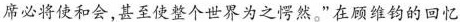
席必将使和会，甚至使整个世界为之愕然。”在顾维钧的回忆